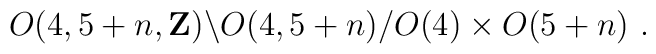
O(4,5+n,{\bf Z})\backslash O(4,5+n)/O(4) \times O(5 +n)\ .